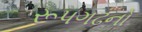
રૂપગઢનો